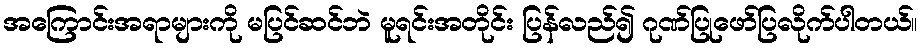
အကြောင်းအရာများကို မပြင်ဆင်ဘဲ မူရင်းအတိုင်း ပြန်လည်၍ ဂုဏ်ပြုဖော်ပြလိုက်ပါတယ်။